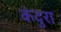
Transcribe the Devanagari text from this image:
कंदुरा